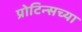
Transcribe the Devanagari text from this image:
प्रोटिन्सच्या